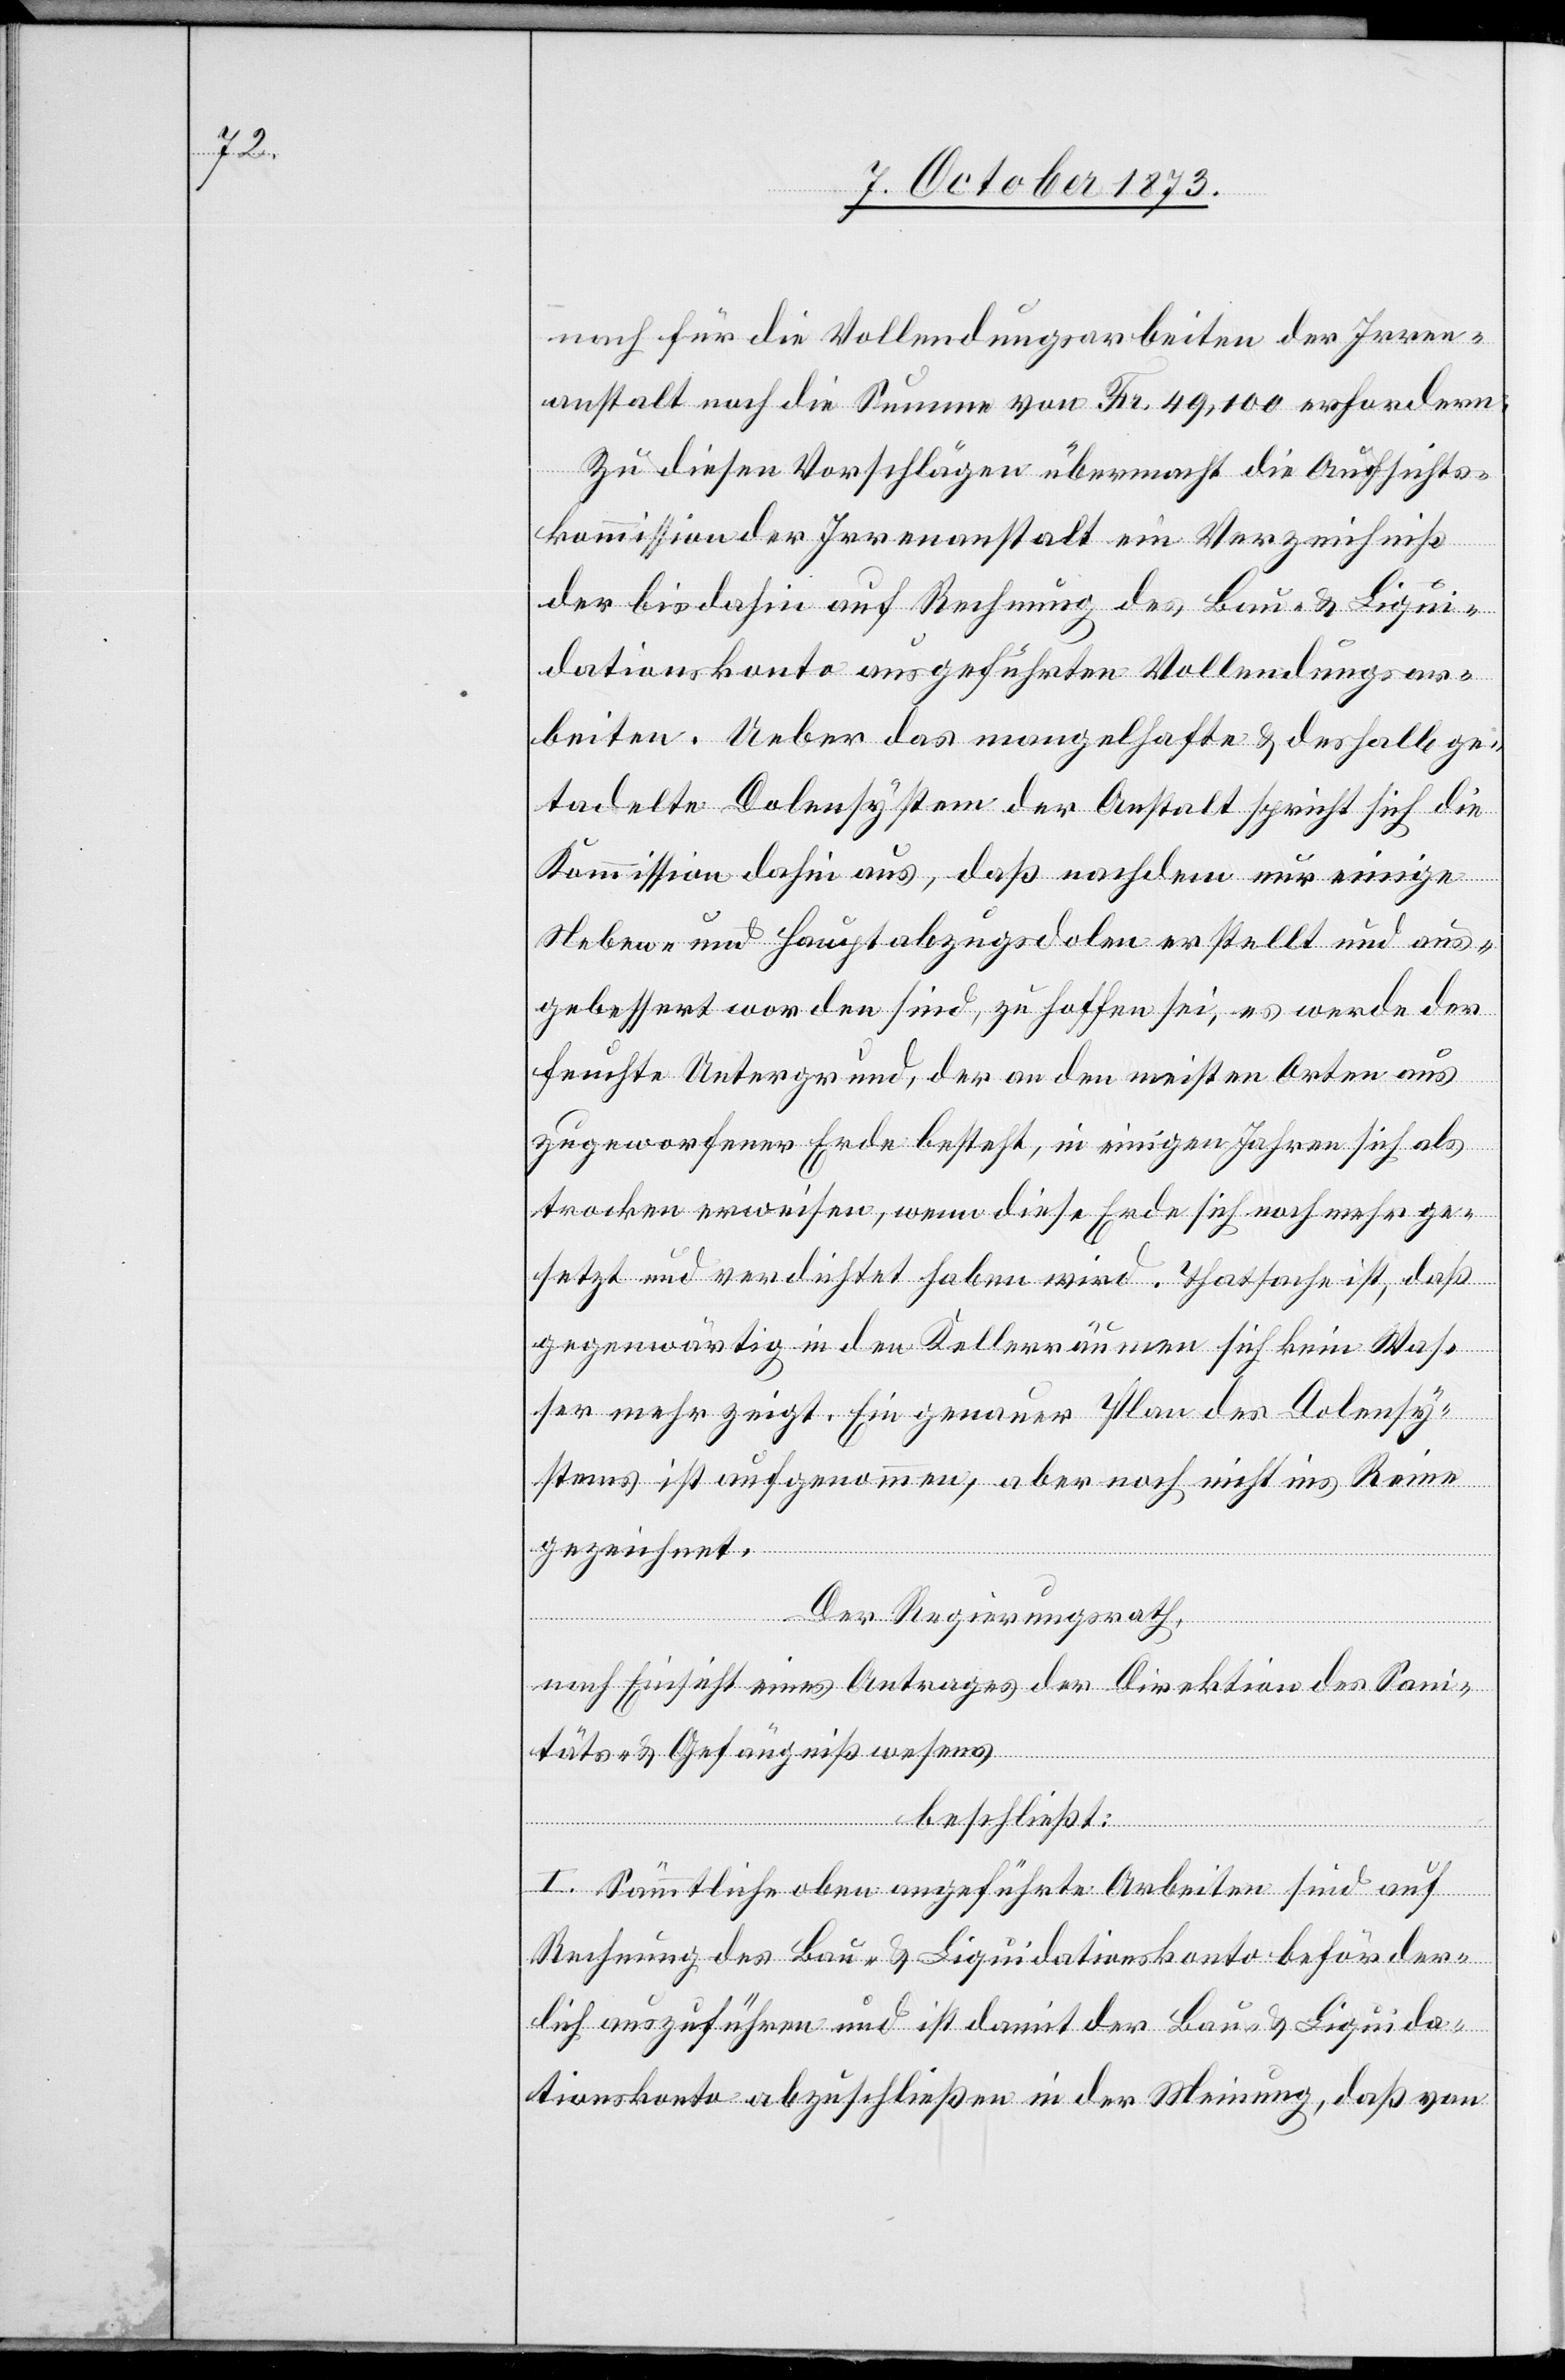
nach für die Vollendungsarbeiten der Irren¬
anstalt noch die Summe von Fr. 49,100 erfordern:
Zu diesen Vorschlägen übermacht die Aufsichts¬
kommission der Irrenanstalt ein Verzeichniß
der bis dahin auf Rechnung des Bau- & Liqui¬
dationskonto ausgeführten Vollendungsar¬
beiten. Ueber das mangelhafte & deshalb ge¬
tadelte Dolensystem der Anstalt spricht sich die
Kommission dahin aus, daß nachdem nur einige
Neben- und Hauptabzugsdolen erstellt und aus¬
gebessert worden sind, zu hoffen sei, es werde der
feuchte Untergrund, der an den meisten Orten aus
zugeworfener Erde besteht, in einigen Jahren sich als
trocken erweisen, wenn diese Erde sich noch mehr ge¬
setzt und verdichtet haben wird. Thatsache ist, daß
gegenwärtig in den Kellerräumen sich kein Was¬
ser mehr zeigt. Ein genauer Plan des Dolensy¬
stems ist aufgenommen aber noch nicht ins Reine
gezeichnet.
Der Regierungsrath,
nach Einsicht eines Antrages der Direktion des Sani¬
täts- & Gefängnißwesens
beschließt:
I. Sämmtliche oben angeführte Arbeiten sind auf
Rechnung des Bau- & Liquidationskonto beförder¬
lich auszuführen und ist damit der Bau- & Liquida¬
tionskonto abzuschließen in der Meinung, daß von